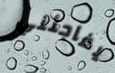
يفاجئني